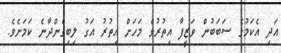
އަދި އެކަމުގެ ސަބަބުން ވަޒީފާ އިތުރުވެ މަހަށް އިތުރު އަގު ލިބިގެންދާނެ ކަމަށެވެ.